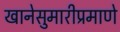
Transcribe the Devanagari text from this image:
खानेसुमारीप्रमाणे